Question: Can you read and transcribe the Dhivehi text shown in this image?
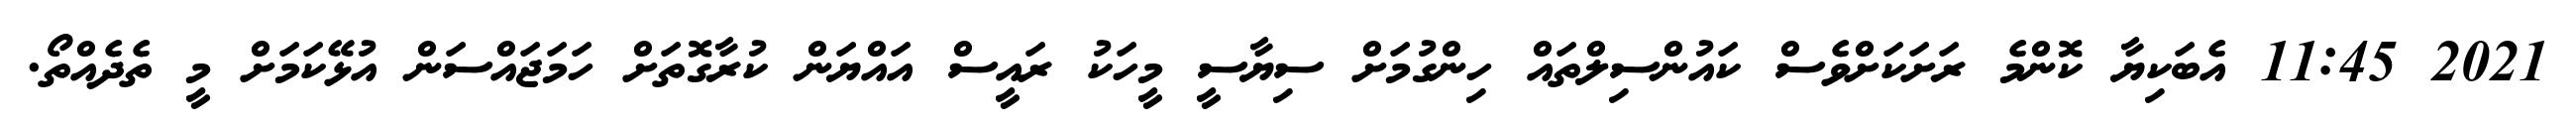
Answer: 2021 11:45 އެބަކިޔާ ކޮންމެ ރަށަކަށްވެސް ކައުންސިލްތައް ހިންގުމަށް ސިޔާސީ މީހަކު ރައީސް އައްޔަން ކުރާގޮތަށް ހަމަޖައްސަން އުޅޭކަމަށް މީ ތެދެއްތޯ.